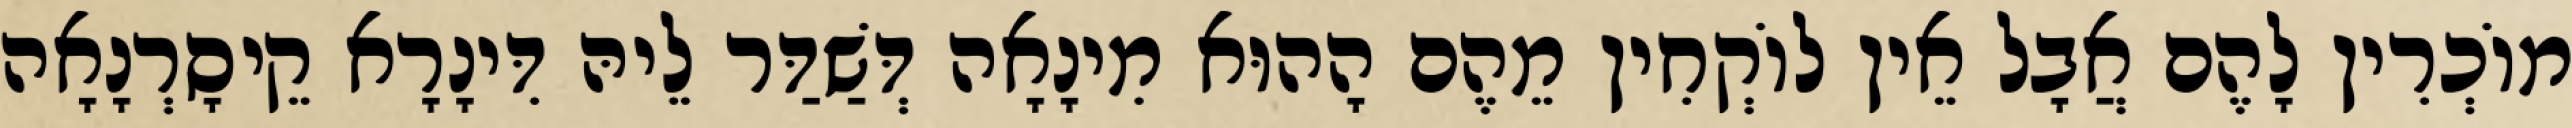
מוֹכְרִין לָהֶם אֲבָל אֵין לוֹקְחִין מֵהֶם הָהוּא מִינָאָה דְּשַׁדַּר לֵיהּ דִּינָרָא קֵיסָרְנָאָה